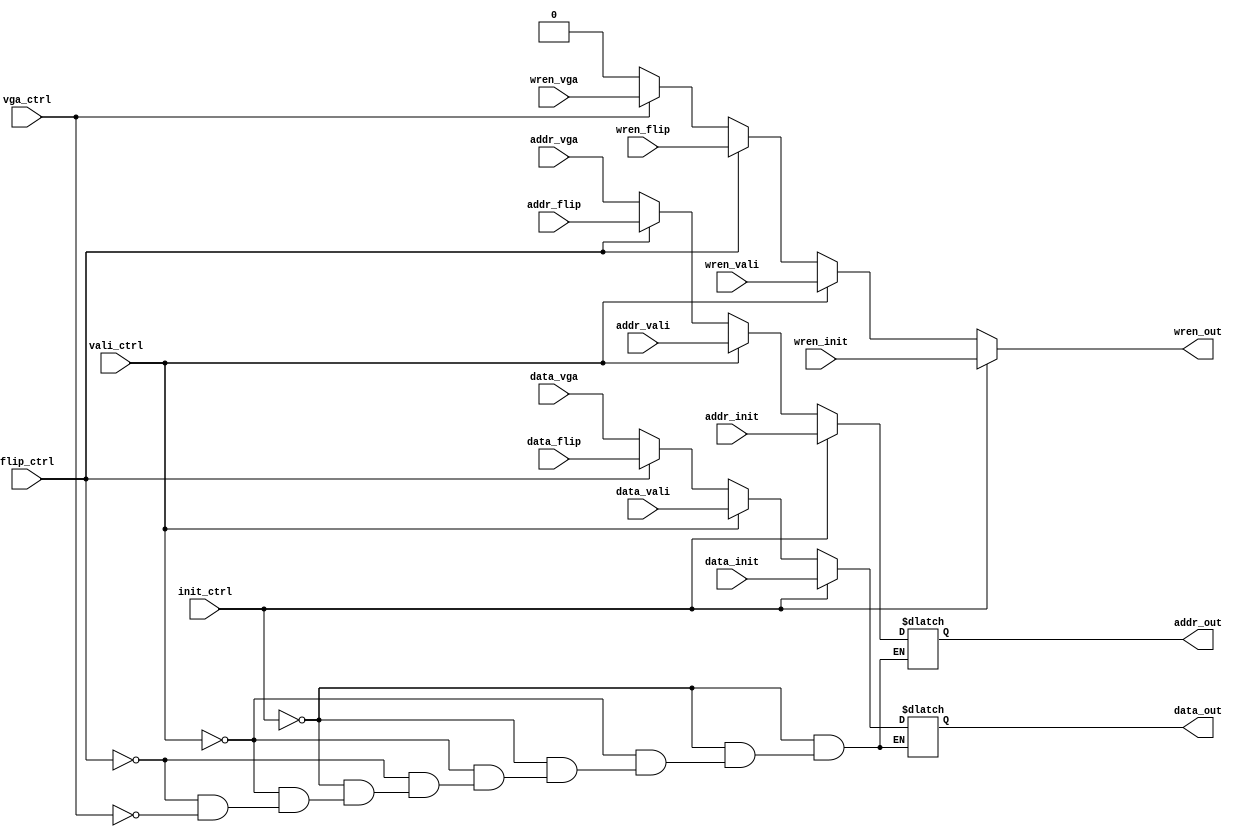
module memorymux(
    input [6:0] addr_init,
    input [6:0] addr_vali,
    input [6:0] addr_flip,
    input [6:0] addr_vga,
    input [1:0] data_init,
    input [1:0] data_vali,
    input [1:0] data_flip,
    input [1:0] data_vga,
    input wren_init,
    input wren_vali,
    input wren_flip,
    input wren_vga,
    input init_ctrl,
    input vali_ctrl,
    input flip_ctrl,
    input vga_ctrl,
    output reg [6:0] addr_out,
    output reg [1:0] data_out,
    output reg wren_out
);

always @(*) begin
    if (init_ctrl) begin
        addr_out = addr_init;
        data_out = data_init;
        wren_out = wren_init;
    end
    else begin
        if (vali_ctrl) begin
            addr_out = addr_vali;
            data_out = data_vali;
            wren_out = wren_vali;
        end
        else begin
            if (flip_ctrl) begin
                addr_out = addr_flip;
                data_out = data_flip;
                wren_out = wren_flip;
            end
            else begin
                if (vga_ctrl) begin
                    addr_out = addr_vga;
                    data_out = data_vga;
                    wren_out = wren_vga;
                end
                else begin
                    wren_out = 0;
                end
            end
        end
    end
end

endmodule // memorymux